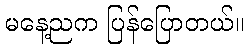
မနေ့ညက ပြန်ပြောတယ်။